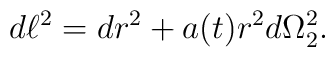
d \ell^2=dr^2+a(t)r^2d \Omega^2_2.